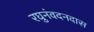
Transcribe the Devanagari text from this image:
रघुनंवदनदास